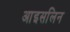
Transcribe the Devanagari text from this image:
आइसलिन